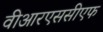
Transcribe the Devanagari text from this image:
वीआरएससीएफ